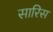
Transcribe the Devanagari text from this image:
सारिस